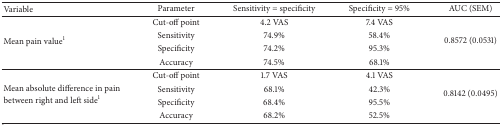
<table><thead><tr><td><b>Variable</b></td><td><b>Parameter</b></td><td><b>Sensitivity = specificity</b></td><td><b>Specificity = 95%</b></td><td><b>AUC (SEM)</b></td></tr></thead><tbody><tr><td rowspan="4">Mean pain value<sup>1</sup></td><td>Cut-off point</td><td>4.2 VAS</td><td>7.4 VAS</td><td rowspan="4">0.8572 (0.0531)</td></tr><tr><td>Sensitivity</td><td>74.9%</td><td>58.4%</td></tr><tr><td>Specificity</td><td>74.2%</td><td>95.3%</td></tr><tr><td>Accuracy</td><td>74.5%</td><td>68.1%</td></tr><tr><td rowspan="4">Mean absolute difference in pain between right and left side<sup>1</sup></td><td>Cut-off point</td><td>1.7 VAS</td><td>4.1 VAS</td><td rowspan="4">0.8142 (0.0495)</td></tr><tr><td>Sensitivity</td><td>68.1%</td><td>42.3%</td></tr><tr><td>Specificity</td><td>68.4%</td><td>95.5%</td></tr><tr><td>Accuracy</td><td>68.2%</td><td>52.5%</td></tr></tbody></table>